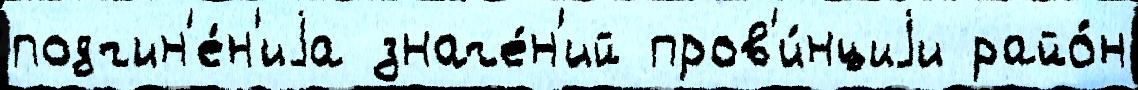
подчин'е́н'иjа значе́н'ий пров'и́нциjи райо́н